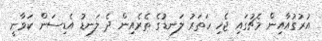
އުރުގުއާއިން މެޗުގައި ޖެހި ހަތަރު ލަނޑުގެ ތެރެއިން ދެ ލަނޑު އެޑިސަން ކަވާނީ